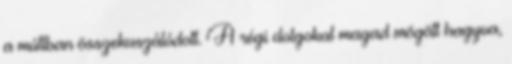
a múltban összekuszálódott. A régi dolgokat magad mögött hagyva,